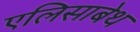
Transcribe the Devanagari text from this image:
एलिसाबेथ